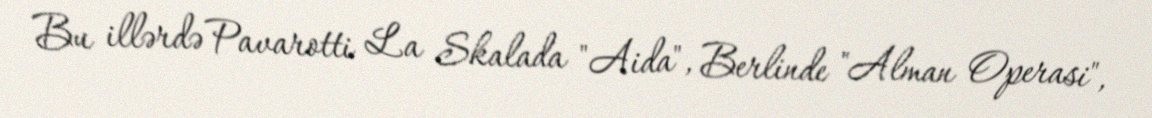
Bu illərdə Pavarotti La Skalada "Aida", Berlinde "Alman Operasi",